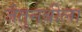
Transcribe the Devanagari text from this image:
जैतुनबीला